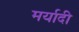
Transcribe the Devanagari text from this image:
मर्यादी